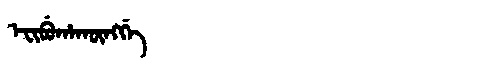
Manchu: ᡝᠸᡳᠪᡠᡥᠠᡴᡡᠩᡤᡝ
Romanization: EFIBUHAKŪNGGE